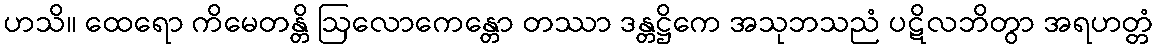
ဟသိ။ ထေရော ကိမေတန္တိ ဩလောကေန္တော တဿာ ဒန္တဋ္ဌိကေ အသုဘသညံ ပဋိလဘိတွာ အရဟတ္တံ